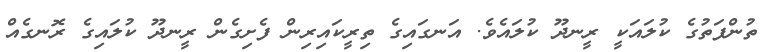
ތުންފަތުގެ ކުލައަކީ ރީނދޫ ކުލައެވެ. އަނގައިގެ ތިރީކައިރިން ފެށިގެން ރީނދޫ ކުލައިގެ ރޮނގެއް